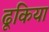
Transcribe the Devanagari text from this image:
ढूकिया